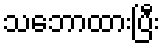
သဘောထားပြီး